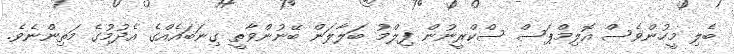
ބެލި މީހުންވެސް އޮލިމްޕަސް ސްކްރީނުން ފިލްމު ބަލާލަން ބޭނުންވާތީ ގިނަބައެއްގެ އެދުމުގެ މަތިންނެވެ.